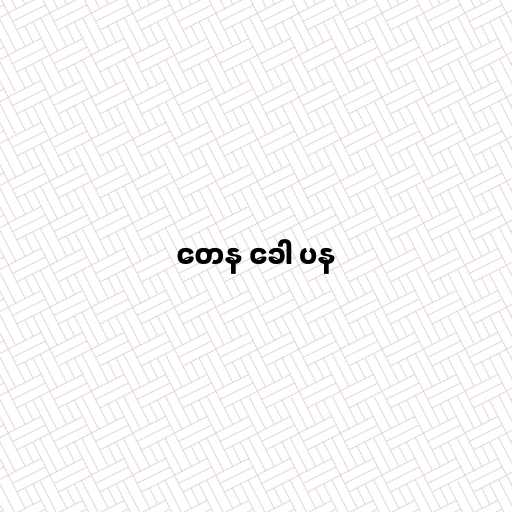
တေန ခေါ ပန